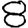
Digit: 8